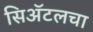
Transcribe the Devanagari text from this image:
सिॲटलचा